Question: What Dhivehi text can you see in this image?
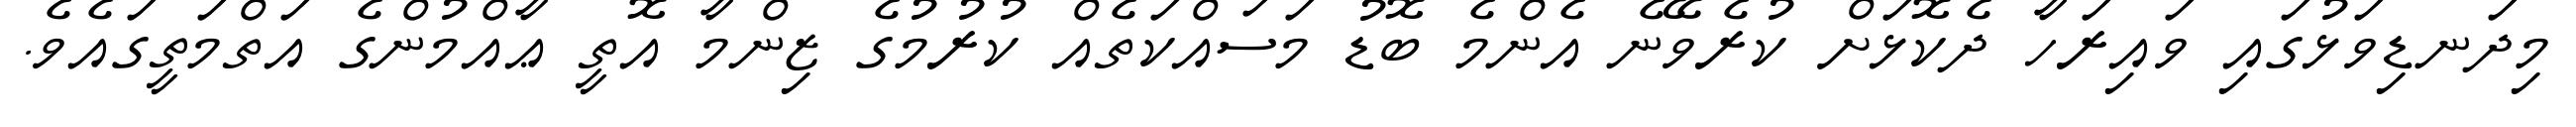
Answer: މިދަނޑިވަޅުގައި ވައިރަހާ ދެކޮޅަށް ކުރެވޭނެ އެންމެ ބޮޑު މަސައްކަތެއް ކުރުމުގެ ޒިންމާ އޮތީ ޢާއްމުންގެ އަތްމަތީގައެވެ.